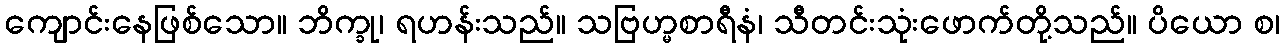
ကျောင်းနေဖြစ်သော။ ဘိက္ခု၊ ရဟန်းသည်။ သဗြဟ္မစာရီနံ၊ သီတင်းသုံးဖောက်တို့သည်။ ပိယော စ၊